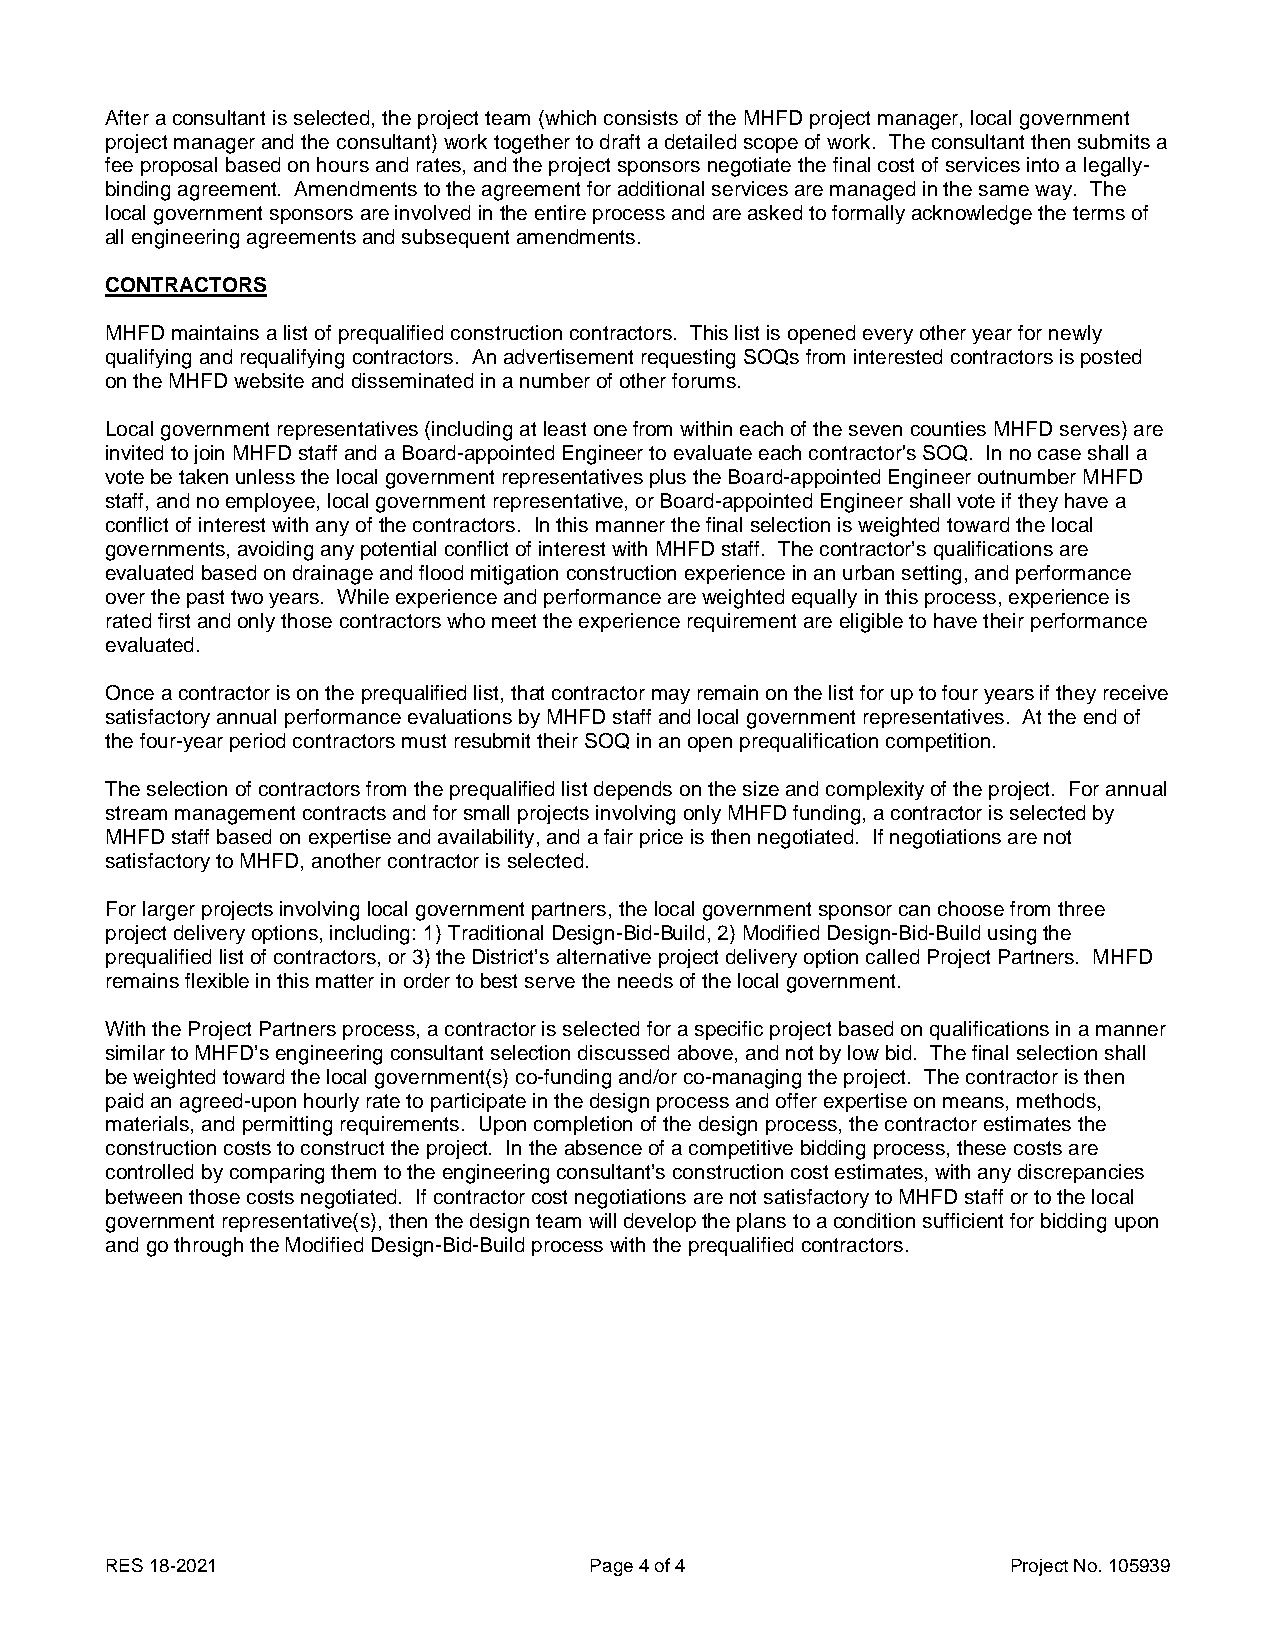
After a consultant is selected, the project team (which consists of the MHFD project manager, local government
 project manager and the consultant) work together to draft a detailed scope of work. The consultant then submits a
 fee proposal based on hours and rates, and the project sponsors negotiate the final cost of services into a legally-
 binding agreement. Amendments to the agreement for additional services are managed in the same way. The
 local government sponsors are involved in the entire process and are asked to formally acknowledge the terms of
 all engineering agreements and subsequent amendments.
 CONTRACTORS
 MHFD maintains a list of prequalified construction contractors. This list is opened every other year for newly
 qualifying and requalifying contractors. An advertisement requesting SOQs from interested contractors is posted
 on the MHFD website and disseminated in a number of other forums.
 Local government representatives (including at least one from within each of the seven counties MHFD serves) are
 invited to join MHFD staff and a Board-appointed Engineer to evaluate each contractor's SOQ. In no case shall a
 vote be taken unless the local government representatives plus the Board-appointed Engineer outnumber MHFD
 staff, and no employee, local government representative, or Board-appointed Engineer shall vote if they have a
 conflict of interest with any of the contractors. In this manner the final selection is weighted toward the local
 governments, avoiding any potential conflict of interest with MHFD staff. The contractor’s qualifications are
 evaluated based on drainage and flood mitigation construction experience in an urban setting, and performance
 over the past two years. While experience and performance are weighted equally in this process, experience is
 rated first and only those contractors who meet the experience requirement are eligible to have their performance
 evaluated.
 Once a contractor is on the prequalified list, that contractor may remain on the list for up to four years if they receive
 satisfactory annual performance evaluations by MHFD staff and local government representatives. At the end of
 the four-year period contractors must resubmit their SOQ in an open prequalification competition.
 The selection of contractors from the prequalified list depends on the size and complexity of the project. For annual
 stream management contracts and for small projects involving only MHFD funding, a contractor is selected by
 MHFD staff based on expertise and availability, and a fair price is then negotiated. If negotiations are not
 satisfactory to MHFD, another contractor is selected.
 For larger projects involving local government partners, the local government sponsor can choose from three
 project delivery options, including: 1) Traditional Design-Bid-Build, 2) Modified Design-Bid-Build using the
 prequalified list of contractors, or 3) the District’s alternative project delivery option called Project Partners. MHFD
 remains flexible in this matter in order to best serve the needs of the local government.
 With the Project Partners process, a contractor is selected for a specific project based on qualifications in a manner
 similar to MHFD’s engineering consultant selection discussed above, and not by low bid. The final selection shall
 be weighted toward the local government(s) co-funding and/or co-managing the project. The contractor is then
 paid an agreed-upon hourly rate to participate in the design process and offer expertise on means, methods,
 materials, and permitting requirements. Upon completion of the design process, the contractor estimates the
 construction costs to construct the project. In the absence of a competitive bidding process, these costs are
 controlled by comparing them to the engineering consultant’s construction cost estimates, with any discrepancies
 between those costs negotiated. If contractor cost negotiations are not satisfactory to MHFD staff or to the local
 government representative(s), then the design team will develop the plans to a condition sufficient for bidding upon
 and go through the Modified Design-Bid-Build process with the prequalified contractors.
 RES 18-2021                     Page 4 of 4                 Project No. 105939